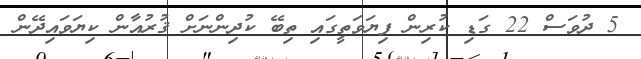
5 ދުވަސް 22 ގަޑި ކުރިން ފިޔަވަތީގައި ތިބޭ ކުދިންނަށް ޤުރުއާން ކިޔަވައިދޭން